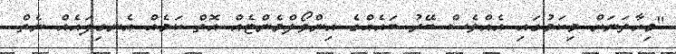
"މިހާތަނަށް މިކަމުގައި އެއްވެސް ބޭރު ބައެއްގެ އިންވޯލްމެންޓެއް އޮތް ކަމެއް އެނގިފައެއް ނެތް.